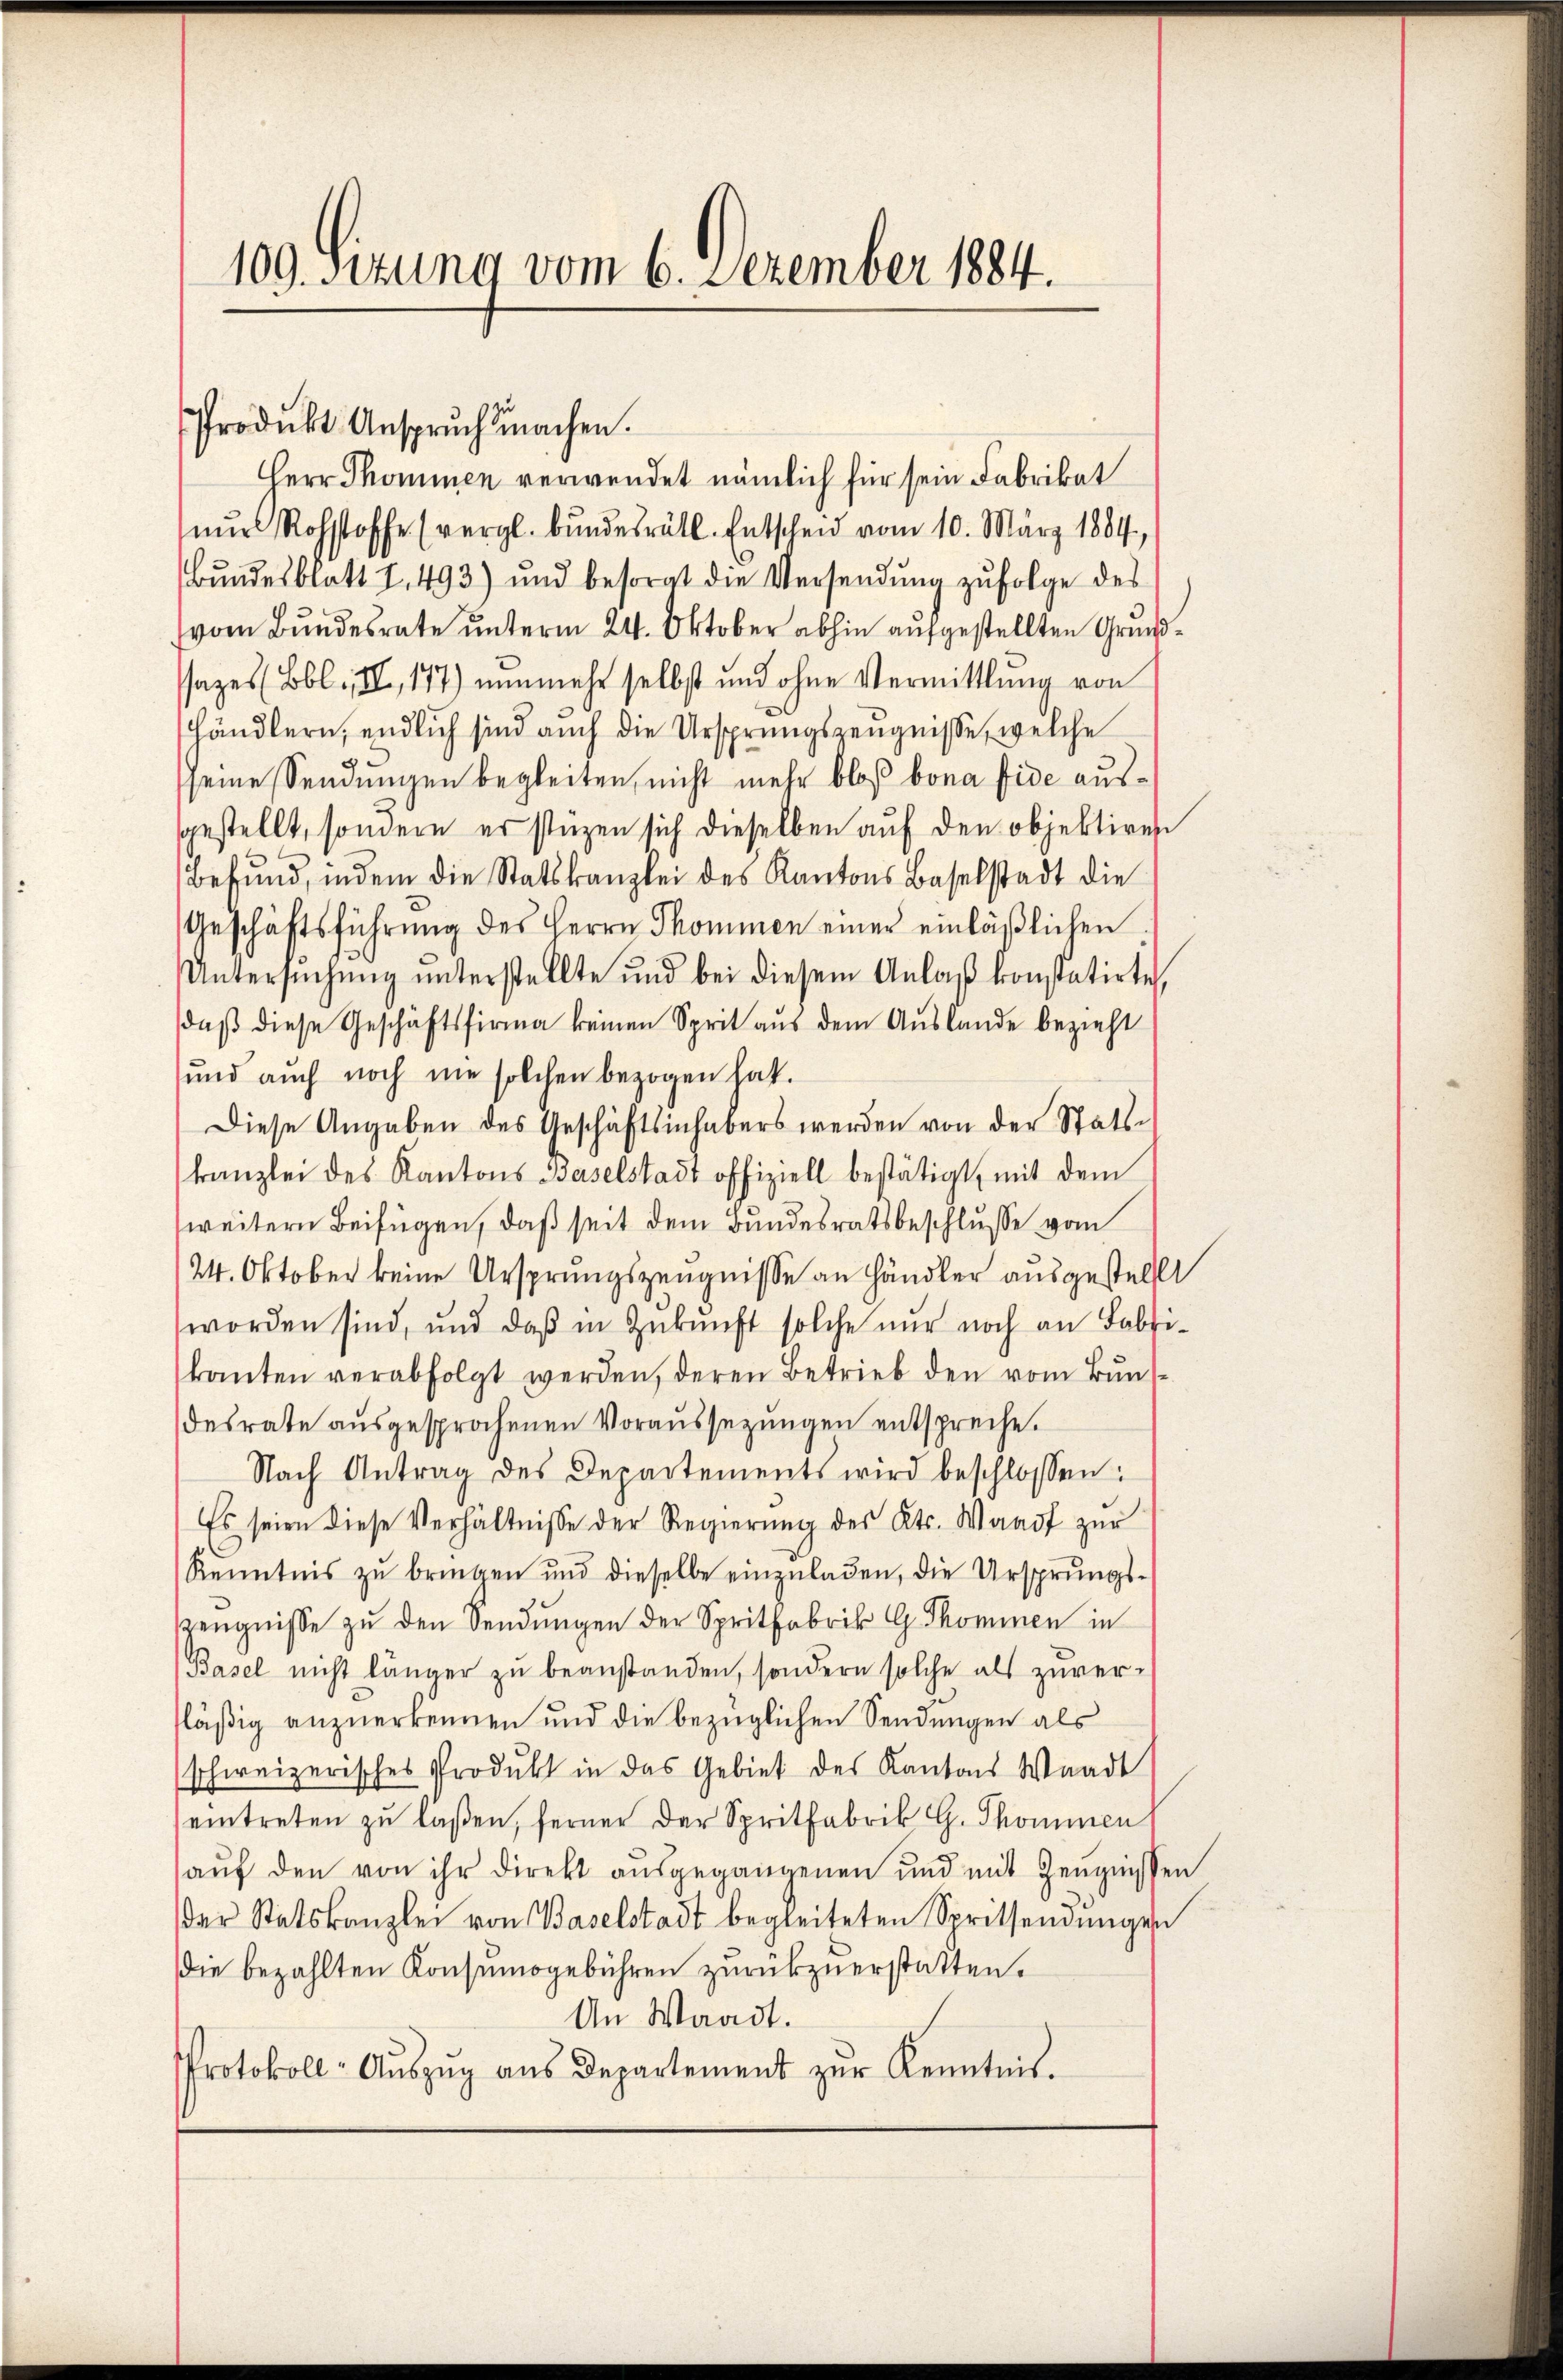
109. Sitzung vom 6. Dezember 1884.

Produkt Anspruch machen.
Herr Thominen verwendet nämlich für sein Fabrikat
nŭr Rohstoffe (vergl. bŭndesrätl. Entscheid vom 10. März 1884,
Bŭndesblatt I. 493) und besorgt die Versendŭng zŭfolge des
vom Bundesrate unterm 24. Oktober abhin aufgestellten Grundazes (Bbl., II, 177) nunmehr selbst und ohne Vermittlung von
händlern, endlich sind auch die Ursprungszeugnisse, welche
seine Sendungen begleiten, nicht mehr bloß bona fide aussgestellt, sondern er stüzen sich dieselben auf den objektiren
Befund, indem die Statskanzlei des Kantons Baselstadt die
Geschäftsführung des Herrn Thommen einer einläßlichen
Untersŭchŭng ŭnterstellte und bei diesem Anlaβ konstatirte,
daß diese Geschäftsfirma keinen Sprit aus dem Auslande bezieht
sund auch noch nie solchen bezogen hat.
Diese Angaben des Geschäftsinhabers werden von der Stats-
kanzlei des Kantons Baselstadt offiziell bestätigt, mit dem
weitern Beifügen, daß seit dem Bundesratsbeschlusse vom
24. Oktober keine Ursprungszeugnisse an Händler ausgestellt
worden sind, und daß in Zukunft solche nur noch an Fabri-
kanten verabfolgt werden, deren Betrieb den vom Bŭns-
desrate ausgesprochenen Voraussetzungen entspreche.
Nach Antrag des Departements wird beschlossen:
Es seien diese Verhältnisse der Regierung des Kts. Waadt zur
Kenntnis zŭ bringen und dieselbe einzŭladen, die Ursprungs-
ZZeugnisse zu den Sendungen der Spritfabrik G. Thommen in
Basel nicht länger zu beanstanden, sondern solche als zuver-
läßig anzuerkennen und die bezüglichen Sendungen als
schweizerisches Produkt in das Gebiet des Kantons Waadt
eintreten zŭ lassen, ferner der Spritfabrik G. Thommen
auf den von ihr direkt ausgegangenen und mit Zeŭgnissen
der Statskanzlei von Baselstadt begleiteten Spritsendungen
die bezahlten Konsumogebühren zurükzuerstatten.
An Waadt.
Protokoll-Aŭszŭg aŭs Departement zŭr Kenntnis.